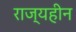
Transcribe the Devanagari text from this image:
राज्यहीन